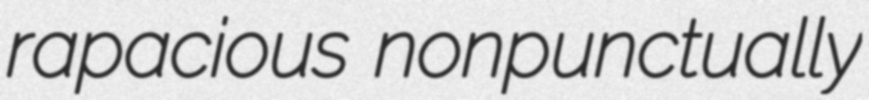
rapacious nonpunctually